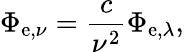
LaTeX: \Phi_{\mathrm{e},\nu}={\frac{c}{\nu^{2}}}\Phi_{\mathrm{e},\lambda},